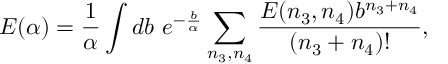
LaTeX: E ( \alpha ) = { \frac { 1 } { \alpha } } \int d b \ e ^ { - { \frac { b } { \alpha } } } \sum _ { n _ { 3 } , n _ { 4 } } { \frac { E ( n _ { 3 } , n _ { 4 } ) b ^ { n _ { 3 } + n _ { 4 } } } { ( n _ { 3 } + n _ { 4 } ) ! } } ,